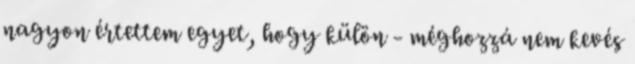
nagyon értettem egyet, hogy külön - méghozzá nem kevés